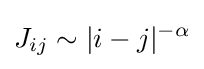
J_{ij}\sim |i-j|^{-\alpha }